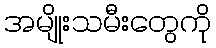
အမျိုးသမီးတွေကို